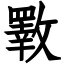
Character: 斁